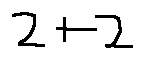
2 + 2